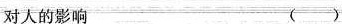
对人的影响 ()